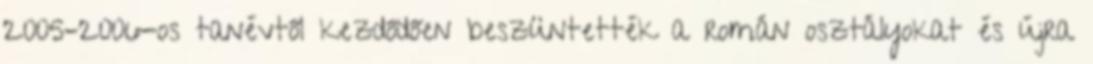
2005–2006-os tanévtől kezdődően beszüntették a román osztályokat és újra